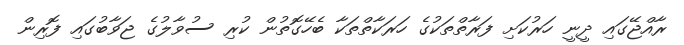
ރާއްޖޭގައި ދީނީ ހަރުކަށި ފަރާތްތަކުގެ ހަރަކާތްތަކާ ބެހޭގޮތުން ކުރި ސުވާލުގެ ޖަވާބުގައި ފޮރިން